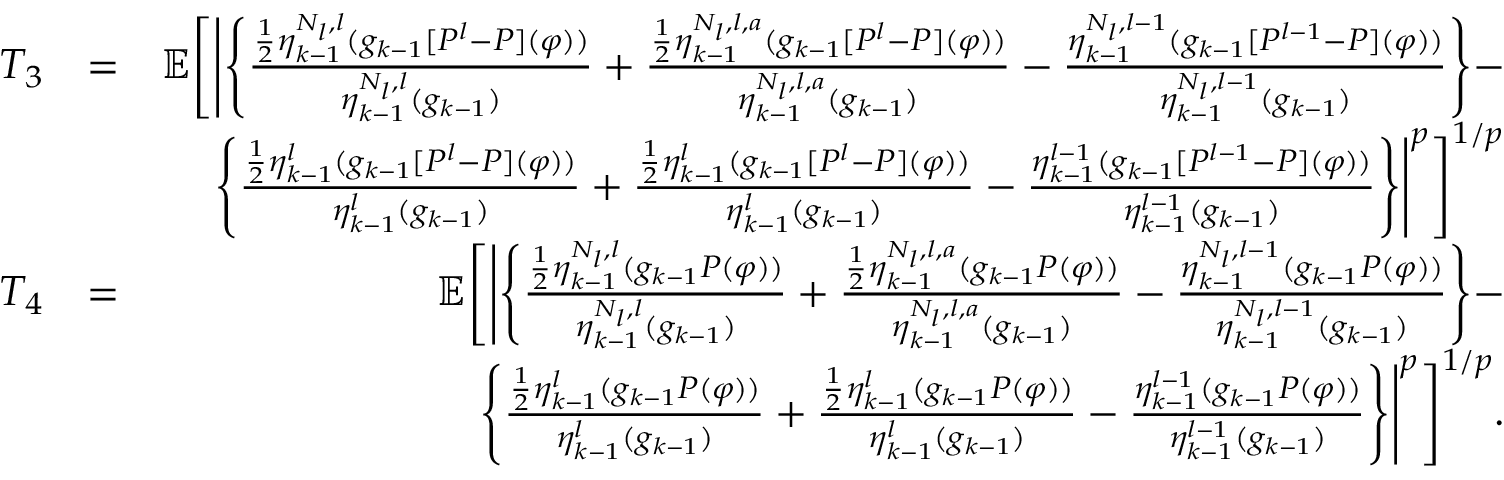
\begin{array} { r l r } { T _ { 3 } } & { = } & { \mathbb { E } \Bigg [ \Bigg | \Bigg \{ \frac { \frac { 1 } { 2 } \eta _ { k - 1 } ^ { N _ { l } , l } ( g _ { k - 1 } [ P ^ { l } - P ] ( \varphi ) ) } { \eta _ { k - 1 } ^ { N _ { l } , l } ( g _ { k - 1 } ) } + \frac { \frac { 1 } { 2 } \eta _ { k - 1 } ^ { N _ { l } , l , a } ( g _ { k - 1 } [ P ^ { l } - P ] ( \varphi ) ) } { \eta _ { k - 1 } ^ { N _ { l } , l , a } ( g _ { k - 1 } ) } - \frac { \eta _ { k - 1 } ^ { N _ { l } , l - 1 } ( g _ { k - 1 } [ P ^ { l - 1 } - P ] ( \varphi ) ) } { \eta _ { k - 1 } ^ { N _ { l } , l - 1 } ( g _ { k - 1 } ) } \Bigg \} - } \\ & { } & { \Bigg \{ \frac { \frac { 1 } { 2 } \eta _ { k - 1 } ^ { l } ( g _ { k - 1 } [ P ^ { l } - P ] ( \varphi ) ) } { \eta _ { k - 1 } ^ { l } ( g _ { k - 1 } ) } + \frac { \frac { 1 } { 2 } \eta _ { k - 1 } ^ { l } ( g _ { k - 1 } [ P ^ { l } - P ] ( \varphi ) ) } { \eta _ { k - 1 } ^ { l } ( g _ { k - 1 } ) } - \frac { \eta _ { k - 1 } ^ { l - 1 } ( g _ { k - 1 } [ P ^ { l - 1 } - P ] ( \varphi ) ) } { \eta _ { k - 1 } ^ { l - 1 } ( g _ { k - 1 } ) } \Bigg \} \Bigg | ^ { p } \Bigg ] ^ { 1 / p } } \\ { T _ { 4 } } & { = } & { \mathbb { E } \Bigg [ \Bigg | \Bigg \{ \frac { \frac { 1 } { 2 } \eta _ { k - 1 } ^ { N _ { l } , l } ( g _ { k - 1 } P ( \varphi ) ) } { \eta _ { k - 1 } ^ { N _ { l } , l } ( g _ { k - 1 } ) } + \frac { \frac { 1 } { 2 } \eta _ { k - 1 } ^ { N _ { l } , l , a } ( g _ { k - 1 } P ( \varphi ) ) } { \eta _ { k - 1 } ^ { N _ { l } , l , a } ( g _ { k - 1 } ) } - \frac { \eta _ { k - 1 } ^ { N _ { l } , l - 1 } ( g _ { k - 1 } P ( \varphi ) ) } { \eta _ { k - 1 } ^ { N _ { l } , l - 1 } ( g _ { k - 1 } ) } \Bigg \} - } \\ & { } & { \Bigg \{ \frac { \frac { 1 } { 2 } \eta _ { k - 1 } ^ { l } ( g _ { k - 1 } P ( \varphi ) ) } { \eta _ { k - 1 } ^ { l } ( g _ { k - 1 } ) } + \frac { \frac { 1 } { 2 } \eta _ { k - 1 } ^ { l } ( g _ { k - 1 } P ( \varphi ) ) } { \eta _ { k - 1 } ^ { l } ( g _ { k - 1 } ) } - \frac { \eta _ { k - 1 } ^ { l - 1 } ( g _ { k - 1 } P ( \varphi ) ) } { \eta _ { k - 1 } ^ { l - 1 } ( g _ { k - 1 } ) } \Bigg \} \Bigg | ^ { p } \Bigg ] ^ { 1 / p } . } \end{array}